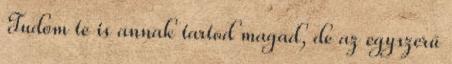
Tudom te is annak tartod magad, de az egyszerű